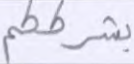
بشرككم